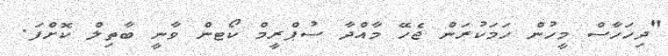
"ދިހަހާސް މީހުން ހަމަކުރަން ޖެހޭ މާއްދާ ސުޕްރީމް ކޯޓން ވާނީ ބާތިލް ކޮށްފަ.